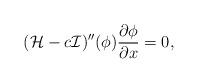
LaTeX: \begin{align*} (\mathcal{H}-c\mathcal{I})''(\phi)\frac{\partial\phi}{\partial x}=0, \end{align*}